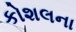
કોશલના